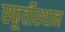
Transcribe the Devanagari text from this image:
स्फूर्तीस्थान